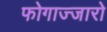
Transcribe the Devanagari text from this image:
फोगाज्जारो